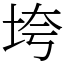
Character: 垮